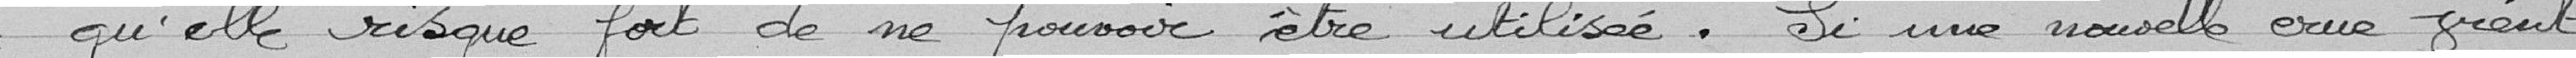
qu'elle risque fort de ne pouvoir être utilisé. Si une nouvelle crue vient